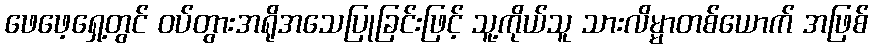
ဖေဖေ့ရှေ့တွင် ဝပ်တွားအရိုအသေပြုခြင်းဖြင့် သူ့ကိုယ်သူ သားလိမ္မာတစ်ယောက် အဖြစ်